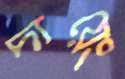
দায়েং